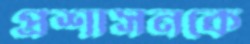
প্রশাসনকে